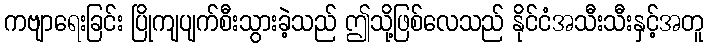
ကဗျာရေးခြင်း ပြိုကျပျက်စီးသွားခဲ့သည် ဤသို့ဖြစ်လေသည် နိုင်ငံအသီးသီးနှင့်အတူ